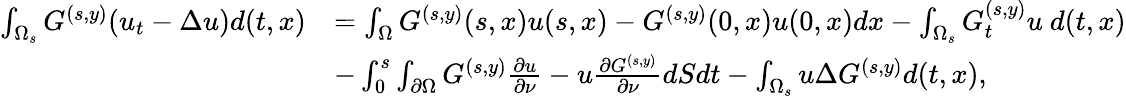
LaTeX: \begin{array}{rl}{\int_{\Omega_{s}}G^{(s,y)}(u_{t}-\Delta u)d(t,x)}&{=\int_{\Omega}G^{(s,y)}(s,x)u(s,x)-G^{(s,y)}(0,x)u(0,x)dx-\int_{\Omega_{s}}G_{t}^{(s,y)}u\ d(t,x)}\\ &{-\int_{0}^{s}\int_{\partial\Omega}G^{(s,y)}\frac{\partial u}{\partial\nu}-u\frac{\partial G^{(s,y)}}{\partial\nu}dSdt-\int_{\Omega_{s}}u\Delta G^{(s,y)}d(t,x),}\end{array}